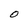
Character: O